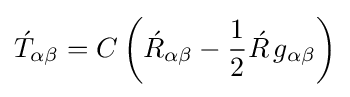
{\acute {T}}_{\alpha \beta }=C\left({\acute {R}}_{\alpha \beta }-{1 \over 2}{\acute {R}}\,g_{\alpha \beta }\right)